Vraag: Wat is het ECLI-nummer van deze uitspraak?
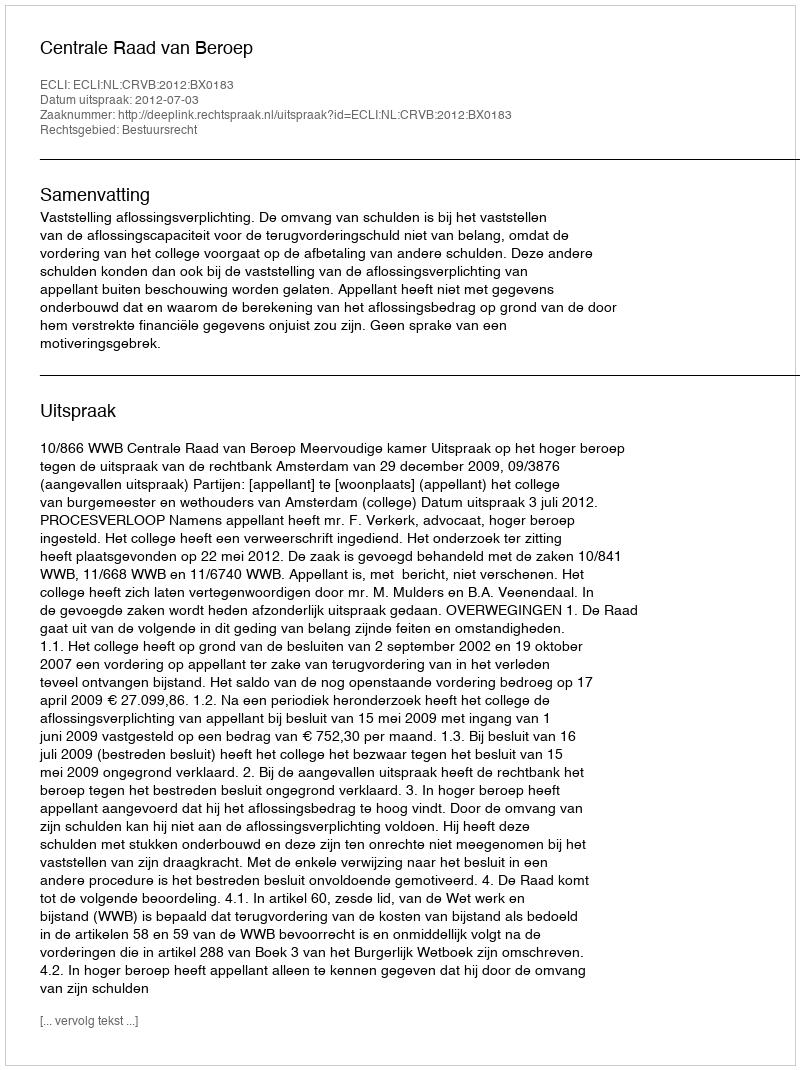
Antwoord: ECLI:NL:CRVB:2012:BX0183